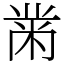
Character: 黹